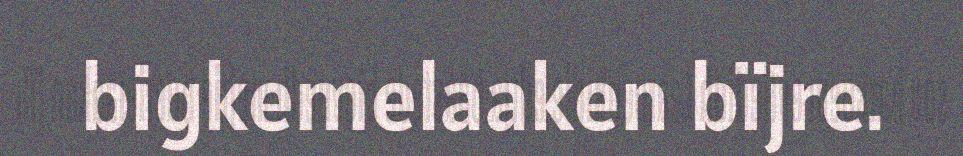
bigkemelaaken bïjre.